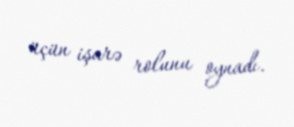
üçün işarə rolunu oynadı.